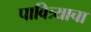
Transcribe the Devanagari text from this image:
पावित्र्याचा